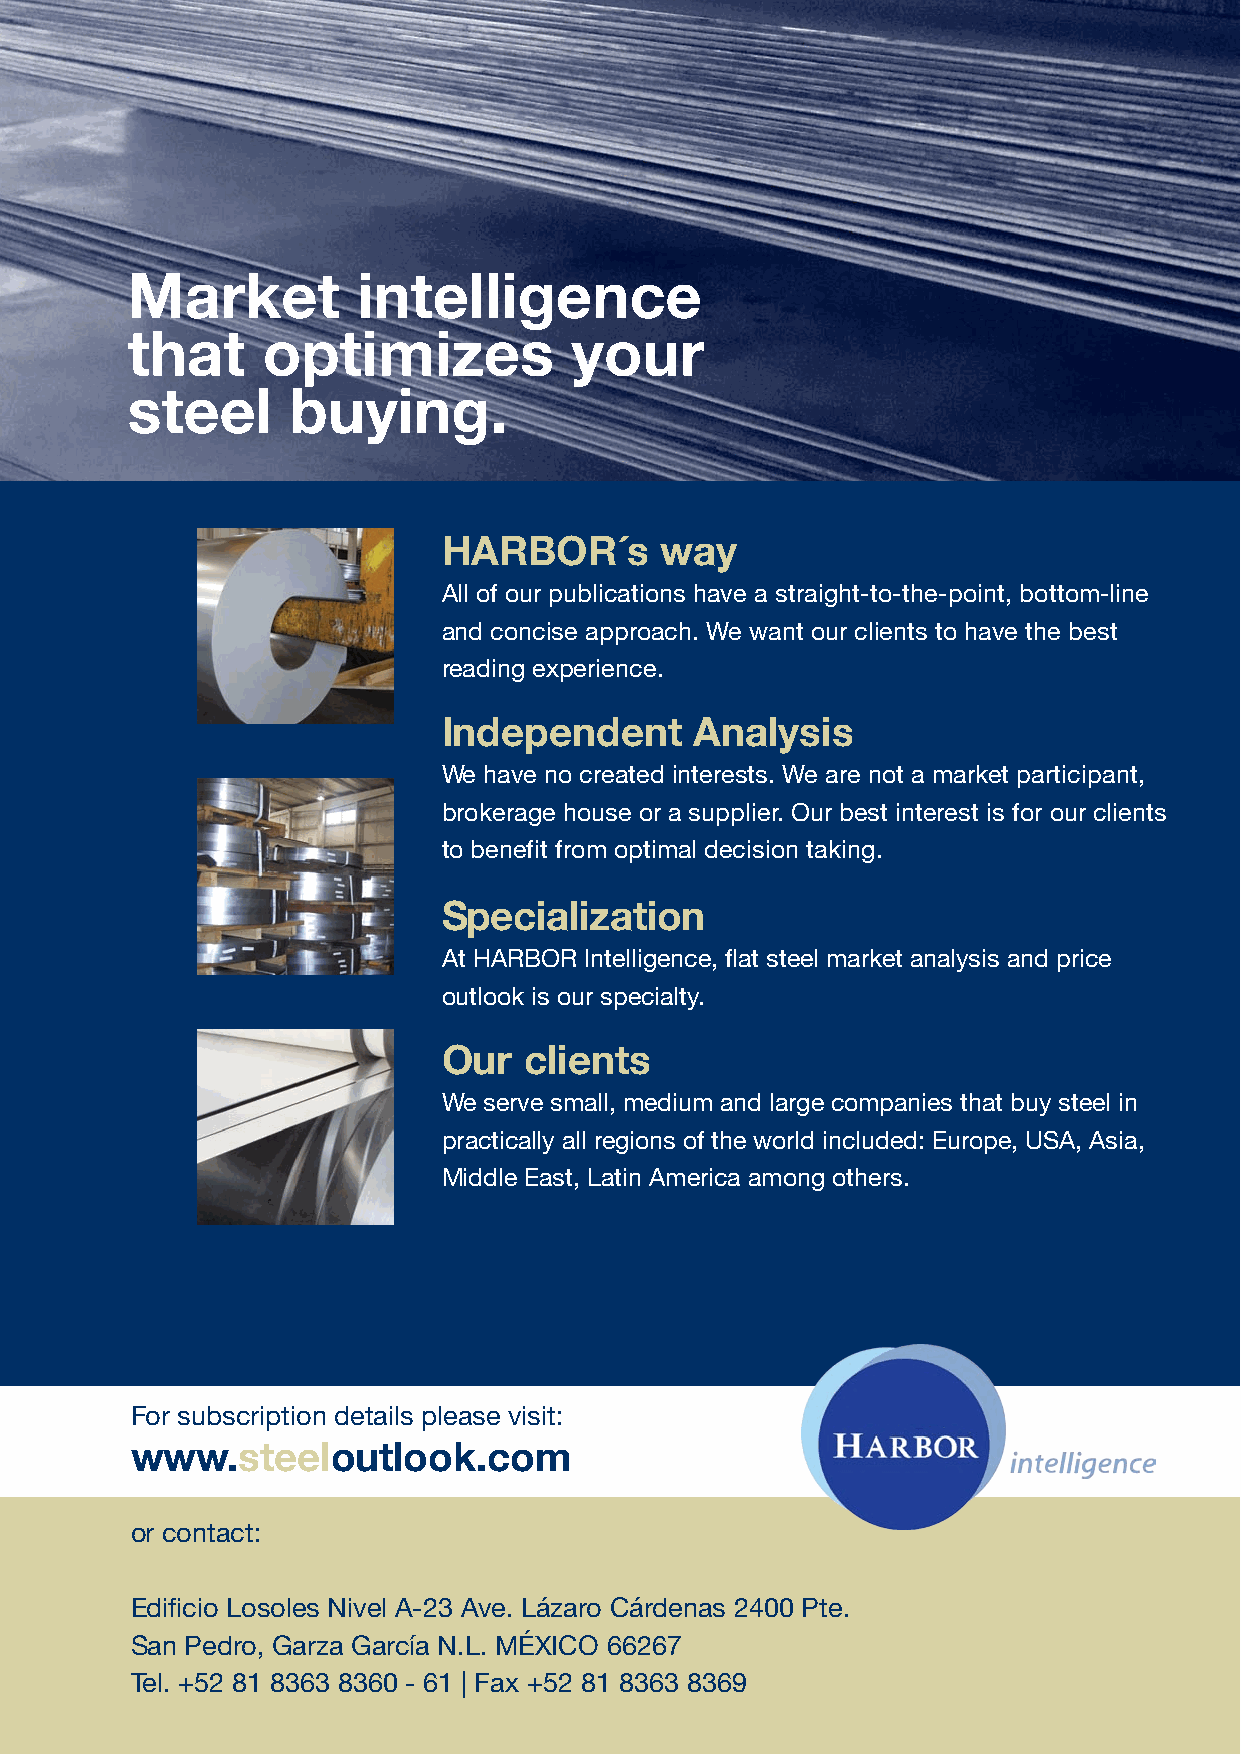
Market          intelligence
 that     optimizes            your
 steel      buying.
 HARBOR´s       way
 All of our publications have a straight-to-the-point, bottom-line
 and concise approach. We want our clients to have the best
 reading experience.
 Independent      Analysis
 We have no created interests. We are not a market participant,
 brokerage house or a supplier. Our best interest is for our clients
 to benefit from optimal decision taking.
 Specialization
 At HARBOR Intelligence, flat steel market analysis and price
 outlook is our specialty.
 Our   clients
 We serve small, medium and large companies that buy steel in
 practically all regions of the world included: Europe, USA, Asia,
 Middle East, Latin America among others.
 For subscription details please visit:
 www.steeloutlook.com
 or contact:
 Edificio Losoles Nivel A-23 Ave. Lázaro Cárdenas 2400 Pte.
 San Pedro, Garza García N.L. MÉXICO 66267
 Tel. +52 81 8363 8360 - 61 | Fax +52 81 8363 8369